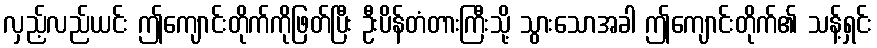
လှည့်လည်ယင်း ဤကျောင်းတိုက်ကိုဖြတ်ပြီး ဦးပိန်တံတားကြီးသို့ သွားသောအခါ ဤကျောင်းတိုက်၏ သန့်ရှင်း